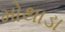
મોથાડા